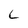
Character: C